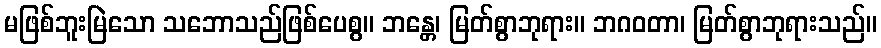
မဖြစ်ဘူးမြဲသော သဘောသည်ဖြစ်ပေစွ။ ဘန္တေ၊ မြတ်စွာဘုရား။ ဘဂဝတာ၊ မြတ်စွာဘုရားသည်။